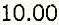
10.00